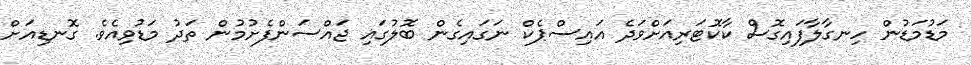
މަޑުމަޑުން ހިނގާލާފައިގޮސް ކާކޮޓަރިއަށްވަދެ އައިސްޕެކް ނަގައިގެން ބޮލުގައި ޖައްސަންފެށުމުން ތަދު މަޑުވިއެވެ. ގޮނޑިއަށް